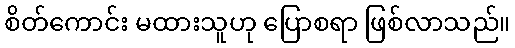
စိတ်ကောင်း မထားသူဟု ပြောစရာ ဖြစ်လာသည်။